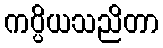
ကပ္ပိယသညိတာ